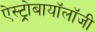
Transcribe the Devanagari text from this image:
ऐस्ट्रोबायॉलॉजी